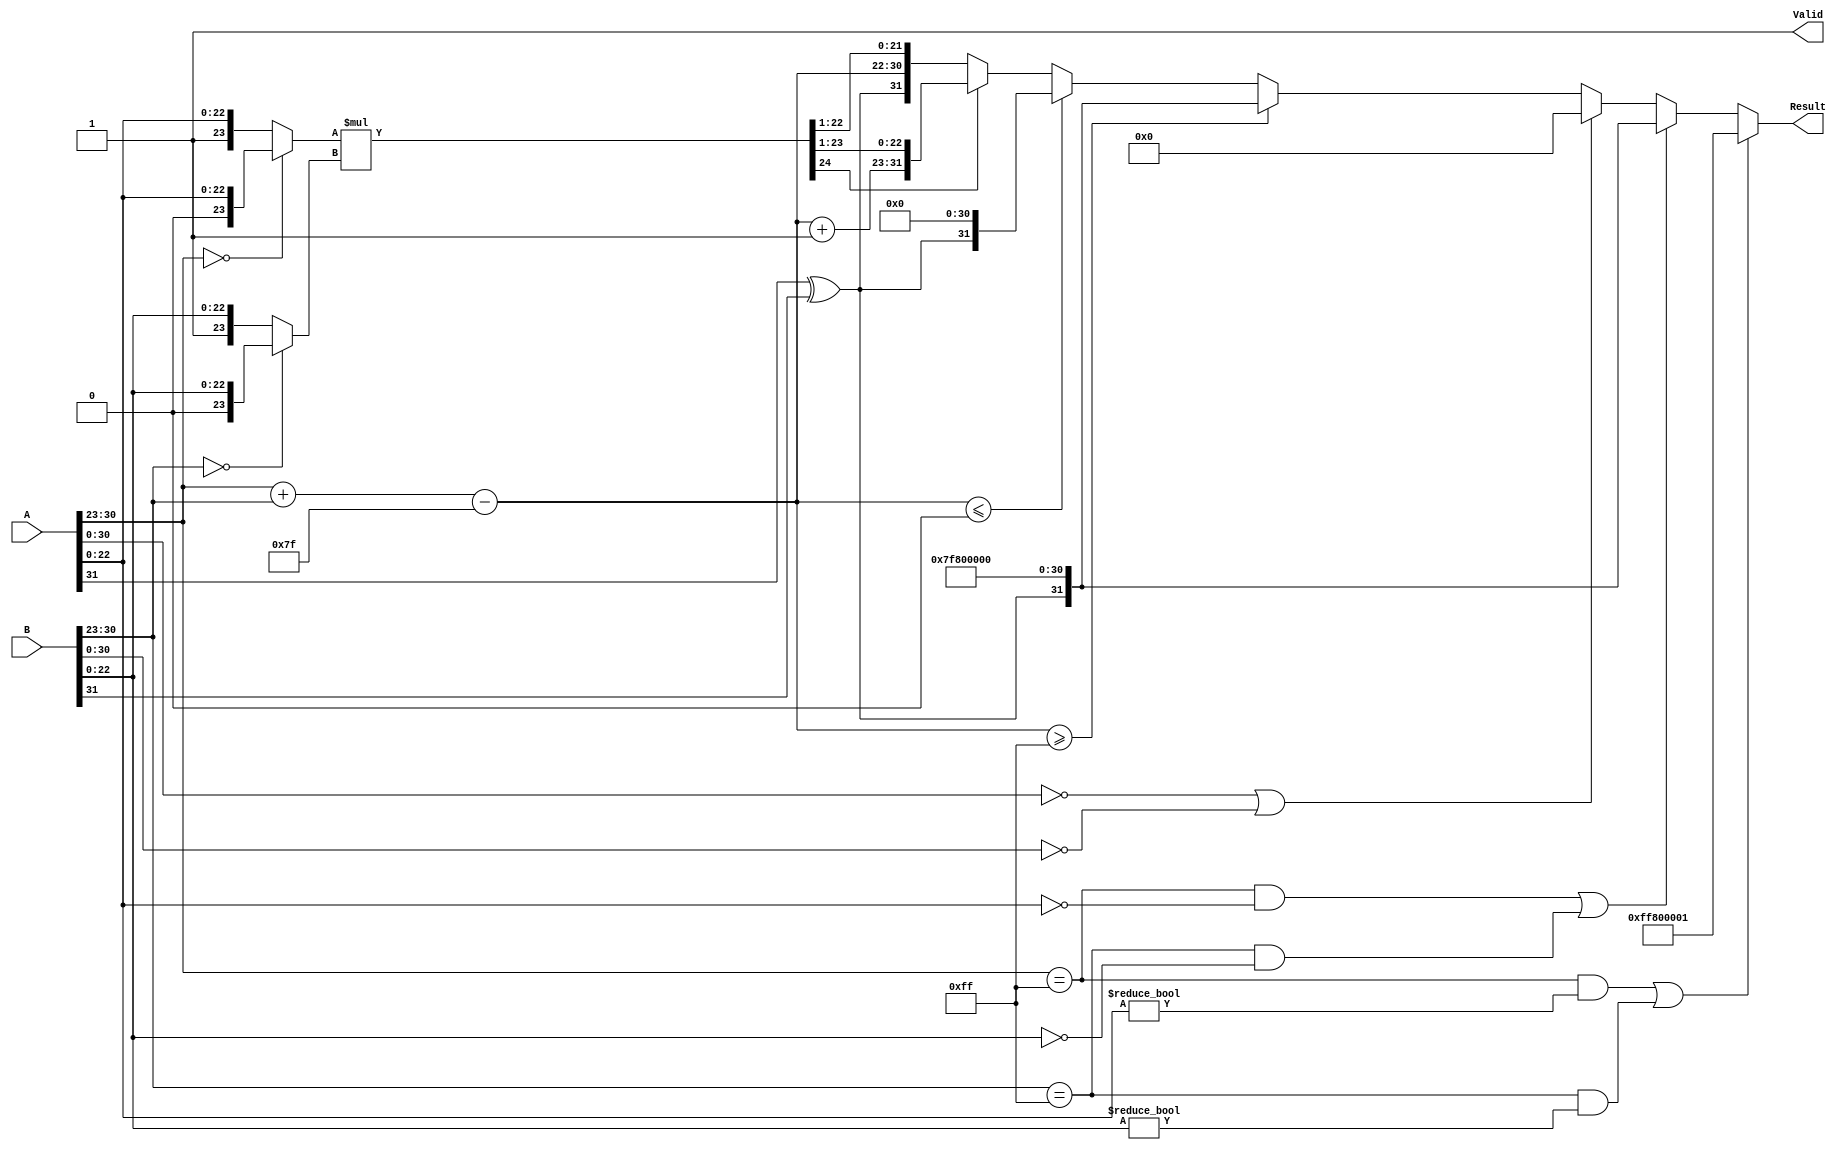
module floating_point_multiplier (
    input [31:0] A,          // Input A (32-bit floating-point)
    input [31:0] B,          // Input B (32-bit floating-point)
    output reg [31:0] Result, // Output Result (32-bit floating-point)
    output reg Valid          // Output Valid signal
);

    // Constants
    localparam EXPONENT_BIAS = 127;
    localparam EXPONENT_BITS = 8;
    localparam MANTISSA_BITS = 23;

    // Internal signals
    wire sign_a, sign_b, sign_result;
    wire [EXPONENT_BITS-1:0] exp_a, exp_b, exp_result;
    wire [MANTISSA_BITS-1:0] mant_a, mant_b;
    wire [MANTISSA_BITS+1:0] mant_result; // Extra bit for normalization
    wire [MANTISSA_BITS+1:0] mant_a_norm, mant_b_norm;
    wire [EXPONENT_BITS:0] exp_sum; // To hold the sum of exponents with overflow
    wire is_zero_a, is_zero_b, is_nan_a, is_nan_b, is_inf_a, is_inf_b;

    // Extract fields from A
    assign sign_a = A[31];
    assign exp_a = A[30:23];
    assign mant_a = A[22:0];

    // Extract fields from B
    assign sign_b = B[31];
    assign exp_b = B[30:23];
    assign mant_b = B[22:0];

    // Check for special cases
    assign is_zero_a = (A[30:0] == 0);
    assign is_zero_b = (B[30:0] == 0);
    assign is_nan_a = (exp_a == 8'hFF) && (mant_a != 0);
    assign is_nan_b = (exp_b == 8'hFF) && (mant_b != 0);
    assign is_inf_a = (exp_a == 8'hFF) && (mant_a == 0);
    assign is_inf_b = (exp_b == 8'hFF) && (mant_b == 0);

    // Normalize mantissas
    assign mant_a_norm = (exp_a == 0) ? {1'b0, mant_a} : {1'b1, mant_a}; // Add implicit leading 1
    assign mant_b_norm = (exp_b == 0) ? {1'b0, mant_b} : {1'b1, mant_b}; // Add implicit leading 1

    // Calculate the sign of the result
    assign sign_result = sign_a ^ sign_b;

    // Calculate the exponent sum
    assign exp_sum = exp_a + exp_b - EXPONENT_BIAS;

    // Multiply mantissas
    assign mant_result = mant_a_norm * mant_b_norm;

    always @(*) begin
        Valid = 1'b1; // Default to valid output

        // Handle special cases
        if (is_nan_a || is_nan_b) begin
            Result = {1'b1, 8'hFF, 23'b1}; // NaN result
            Valid = 1'b1;
        end else if (is_inf_a || is_inf_b) begin
            Result = {sign_result, 8'hFF, 23'b0}; // Infinity result
            Valid = 1'b1;
        end else if (is_zero_a || is_zero_b) begin
            Result = 32'b0; // Zero result
            Valid = 1'b1;
        end else begin
            // Check for normalization
            if (mant_result[MANTISSA_BITS+1]) begin
                // If there's overflow in mantissa, shift right and increment exponent
                Result = {sign_result, exp_sum + 1'b1, mant_result[MANTISSA_BITS:1]};
            end else begin
                // Normal case
                Result = {sign_result, exp_sum, mant_result[MANTISSA_BITS-1:1]};
            end

            // Check for overflow/underflow
            if (exp_sum >= 8'hFF) begin
                Result = {sign_result, 8'hFF, 23'b0}; // Set to infinity
            end else if (exp_sum <= 0) begin
                Result = {sign_result, 8'b0, 23'b0}; // Set to zero
            end
        end
    end

endmodule